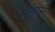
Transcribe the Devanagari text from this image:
बाल्दासी